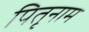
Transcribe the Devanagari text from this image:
पितृनाम